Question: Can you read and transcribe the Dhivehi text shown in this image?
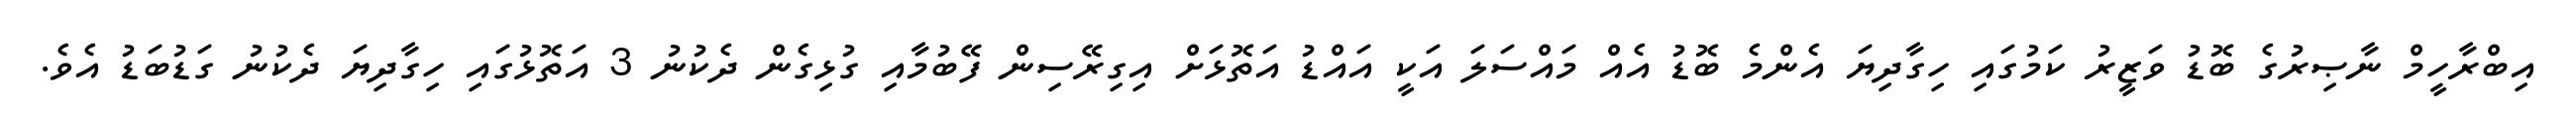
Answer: އިބްރާހީމް ނާޞިރުގެ ބޮޑު ވަޒީރު ކަމުގައި ހިގާދިޔަ އެންމެ ބޮޑު އެއް މައްސަލަ އަކީ އައްޑު އަތޮޅަށް އިގިރޭސިން ފޭބުމާއި ގުޅިގެން ދެކުނު 3 އަތޮޅުގައި ހިގާދިޔަ ދެކުނު ގަޑުބަޑު އެވެ.